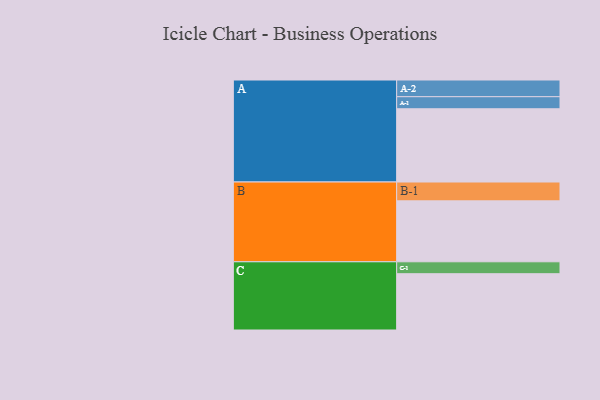
{"axis": {"x": "Segment", "y": "Value"}, "legend": ["", "A", "B", "C"], "data": [{"x": "A", "y": 583, "type": ""}, {"x": "B", "y": 485, "type": ""}, {"x": "C", "y": 448, "type": ""}, {"x": "A-1", "y": 96, "type": "A"}, {"x": "A-2", "y": 133, "type": "A"}, {"x": "B-1", "y": 150, "type": "B"}, {"x": "C-1", "y": 95, "type": "C"}]}